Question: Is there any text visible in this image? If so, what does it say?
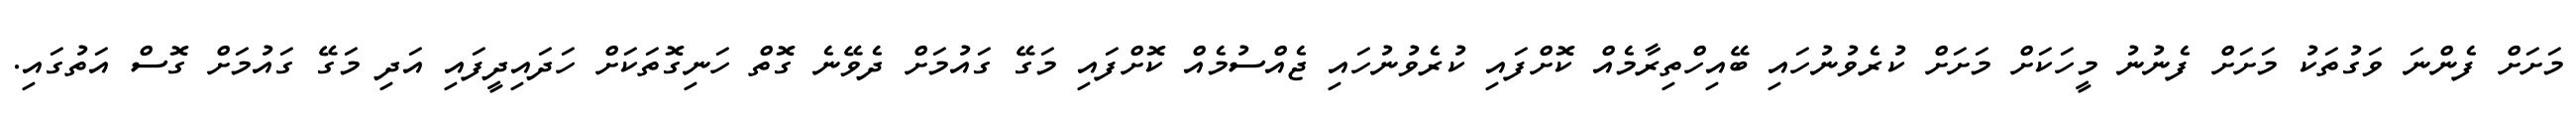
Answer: މަށަށް ފެންނަ ވަގުތަކު މަށަށް ފެނުނު މީހަކަށް މަށަށް ކުރެވުނުހައި ބޭއިހްތިރާމެއް ކޮށްފައި ކުރެވުނުހައި ޖެއްސުމެއް ކޮށްފައި މަގޭ ގައުމަށް ދެވޭނެ ގޮތް ހަނިގޮތަކަށް ހަދައިދީފައި އަދި މަގޭ ގައުމަށް ގޮސް އަތުގައި.